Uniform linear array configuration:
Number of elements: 64
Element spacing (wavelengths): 0.5
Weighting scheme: kaiser
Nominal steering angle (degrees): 0
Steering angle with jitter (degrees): -0.89
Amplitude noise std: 0.05
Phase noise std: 0.05

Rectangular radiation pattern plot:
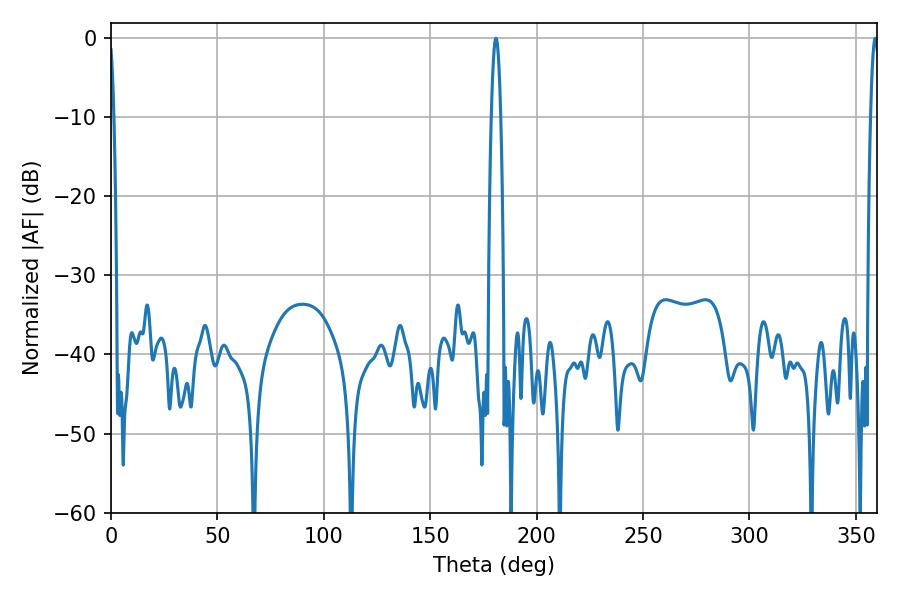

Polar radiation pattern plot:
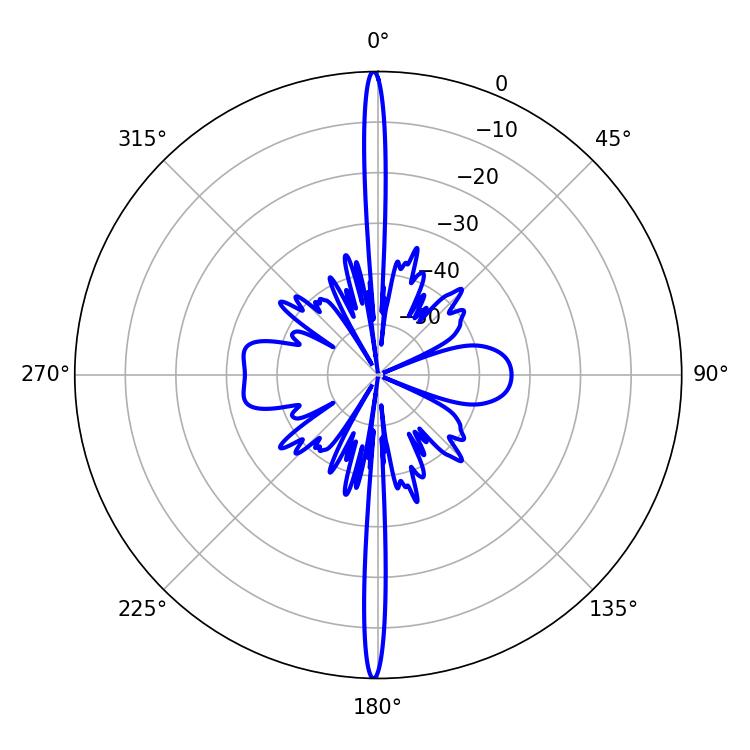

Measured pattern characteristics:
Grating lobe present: FALSE
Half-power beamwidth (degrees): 2.52
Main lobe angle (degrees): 180.9